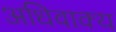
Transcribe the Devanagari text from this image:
अधिवाक्य